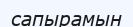
сапырамын